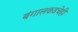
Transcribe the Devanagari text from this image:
बंगालकडचेही